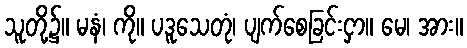
သူတို့၌။ မနံ၊ ကို။ ပဒူသေတုံ၊ ပျက်စေခြင်းငှာ။ မေ၊ အား။